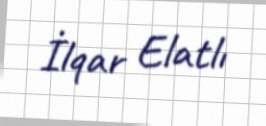
İlqar Elatlı